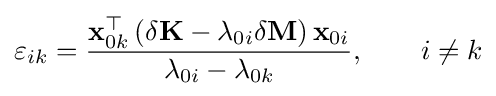
\varepsilon _{ik}={\frac {\mathbf {x} _{0k}^{\top }\left(\delta \mathbf {K} -\lambda _{0i}\delta \mathbf {M} \right)\mathbf {x} _{0i}}{\lambda _{0i}-\lambda _{0k}}},\qquad i\neq k